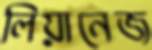
লিয়ানেজ